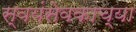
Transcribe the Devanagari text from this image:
स्वयंसेवकाच्या